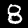
Label: 8